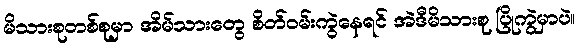
မိသားစုတစ်စုမှာ အိမ်သားတွေ စိတ်ဝမ်းကွဲနေရင် အဲဒီမိသားစု ပြိုကွဲမှာပဲ။